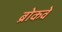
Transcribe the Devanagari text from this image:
ब्रोकवे